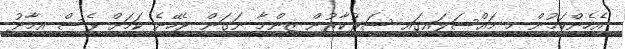
އެހެންކަމުން މި މައްސަލައިގައި ސަރުކާރުން ޒިންމާ ނަގަން ޖެހޭނެ ކަމަށް ވެސް އިމާދު